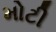
મોટી